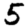
Digit: 5